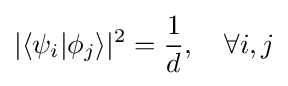
\displaystyle |\langle \psi _{i}|\phi _{j}\rangle |^{2}={\frac {1}{d}},\quad \forall i,j